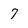
Character: 7